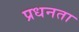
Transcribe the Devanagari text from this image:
प्रधनता